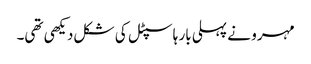
مہرو نے پہلی بار ہاسپٹل کی شکل دیکھی تھی۔